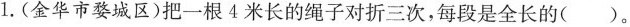
1.(金华市婺城区)把一根4米长的绳子对折三次，每段是全长的()。